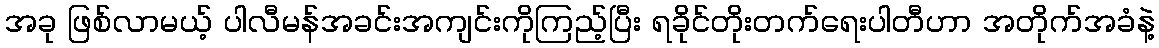
အခု ဖြစ်လာမယ့် ပါလီမန်အခင်းအကျင်းကိုကြည့်ပြီး ရခိုင်တိုးတက်ရေးပါတီဟာ အတိုက်အခံနဲ့